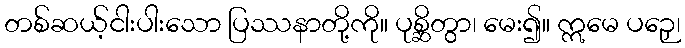
တစ်ဆယ့်ငါးပါးသော ပြဿနာတို့ကို။ ပုစ္ဆိတွာ၊ မေး၍။ ဣမေ ပဉှေ၊